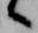
候